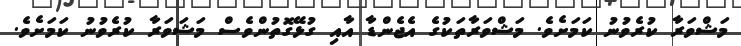
މަޝްވަރާ ކުރެވުނު ކަމަށެވެ. މަޝްވަރާތަކުގެ އެޖެންޑާ އާއި ގުޅޭގޮތުންވެސް މަޝަވަރާ ކުރެވުނު ކަމަށެވެ.